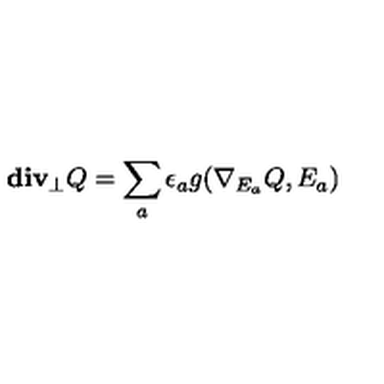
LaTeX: { \bf d i v _ { \perp } } Q = \sum _ { a } \epsilon _ { a } g ( \nabla _ { E _ { a } } Q , E _ { a } )